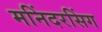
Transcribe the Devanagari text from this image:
मनिंदरसिंग